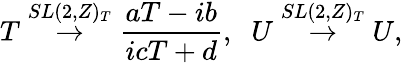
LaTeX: T\stackrel{SL(2,Z)_{T}}{\rightarrow}\frac{aT-ib}{icT+d},\; \; U\stackrel{SL(2,Z)_{T}}{\rightarrow}U,